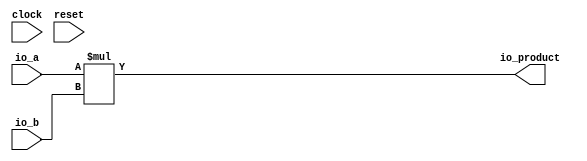
// This program was cloned from: https://github.com/wilfredkisku/CHISEL3-PROJECTS
// License: The Unlicense

module SignedMultiplier(
  input         clock,
  input         reset,
  input  [7:0]  io_a,
  input  [7:0]  io_b,
  output [15:0] io_product
);
  assign io_product = $signed(io_a) * $signed(io_b); // @[SignedMultipler.scala 10:22]
endmodule